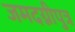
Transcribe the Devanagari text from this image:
जमदग्नीपुत्र